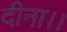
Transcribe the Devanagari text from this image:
दीना।।